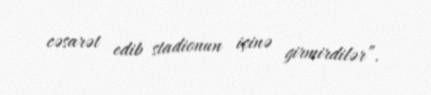
cəsarət edib stadionun içinə girmirdilər”.